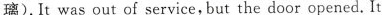
璃).It was out of service, but the door opened. It